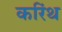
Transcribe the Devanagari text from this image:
करिंथ